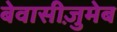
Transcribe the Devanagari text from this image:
बेवासीज़ुमेब